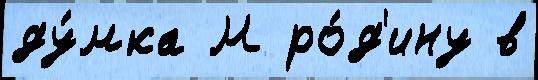
ду́мка М ро́д'ину в